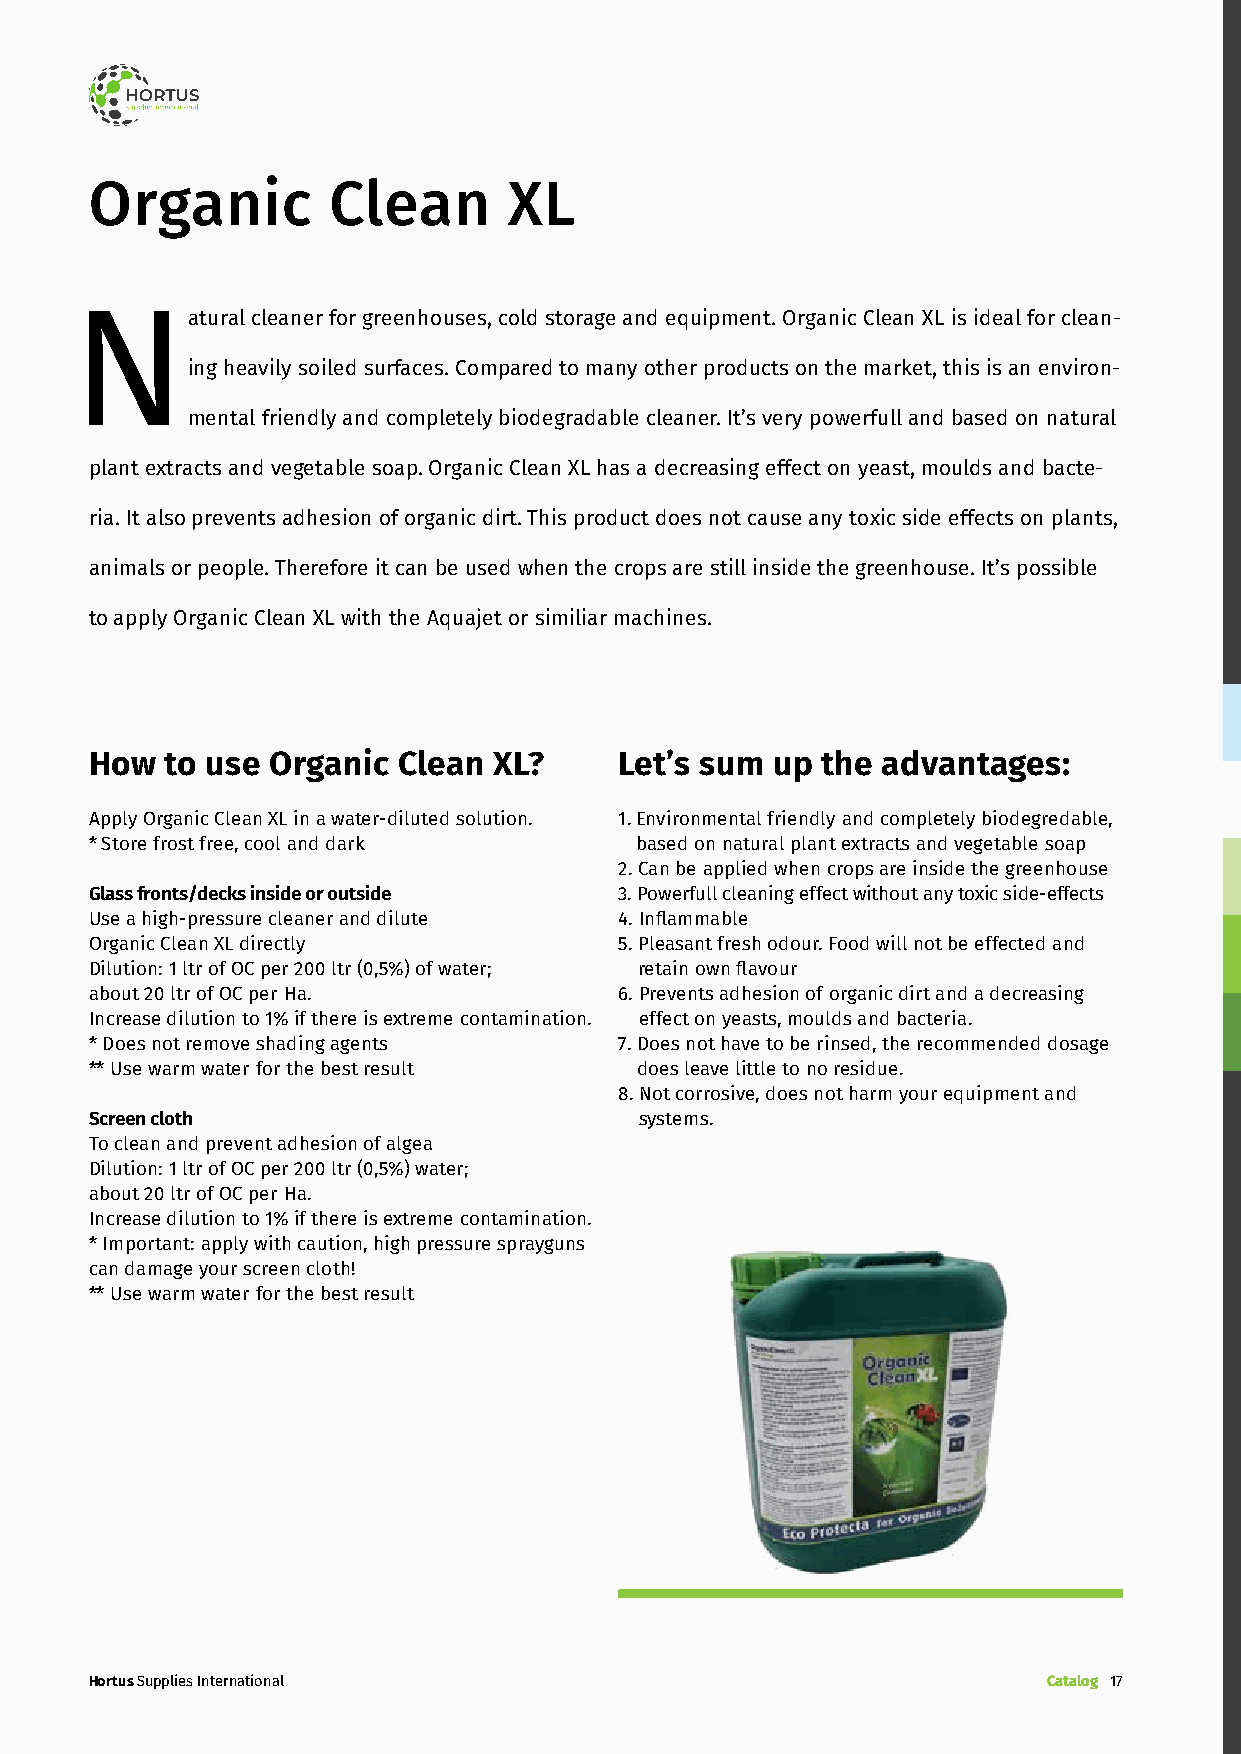
Organic         Clean       XL
 Natural     cleaner for greenhouses, cold storage and equipment. Organic Clean XL is ideal for clean-
 ing heavily soiled surfaces. Compared to many other products on the market, this is an environ-
 mental friendly and completely biodegradable cleaner. It’s very powerfull and based on natural
 plant extracts and vegetable soap. Organic Clean XL has a decreasing effect on yeast, moulds and bacte-
 ria. It also prevents adhesion of organic dirt. This product does not cause any toxic side effects on plants,
 animals or people. Therefore it can be used when the crops are still inside the greenhouse. It’s possible
 to apply Organic Clean XL with the Aquajet or similiar machines.
 How  to use Organic Clean  XL?     Let’s sum up the advantages:
 Apply Organic Clean XL in a water-diluted solution. 1. Environmental friendly and completely biodegredable,
 * Store frost free, cool and dark   based on natural plant extracts and vegetable soap
 2. Can be applied when crops are inside the greenhouse
 Glass fronts/decks inside or outside 3. Powerfull cleaning effect without any toxic side-effects
 Use a high-pressure cleaner and dilute 4. Inflammable
 Organic Clean XL directly          5. Pleasant fresh odour. Food will not be effected and
 Dilution: 1 ltr of OC per 200 ltr (0,5%) of water; retain own flavour
 about 20 ltr of OC per Ha.         6. Prevents adhesion of organic dirt and a decreasing
 Increase dilution to 1% if there is extreme contamination. effect on yeasts, moulds and bacteria.
 * Does not remove shading agents   7. Does not have to be rinsed, the recommended dosage
 ** Use warm water for the best result does leave little to no residue.
 8. Not corrosive, does not harm your equipment and
 Screen cloth                        systems.
 To clean and prevent adhesion of algea
 Dilution: 1 ltr of OC per 200 ltr (0,5%) water;
 about 20 ltr of OC per Ha.
 Increase dilution to 1% if there is extreme contamination.
 * Important: apply with caution, high pressure sprayguns
 can damage your screen cloth!
 ** Use warm water for the best result
 Hortus Supplies International                                  Catalog 17